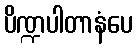
ပိဏ္ဍပါတာနံပေ